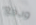
ودفع